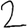
Digit: 2